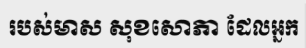
របស់មាស សុខសោភា ដែលអ្នក